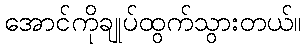
အောင်ကိုချုပ်ထွက်သွားတယ်။